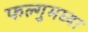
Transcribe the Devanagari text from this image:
फल्गुमध्या